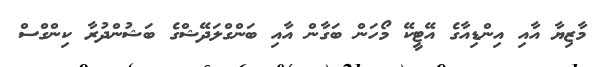
މާޒިޔާ އާއި އިންޑިއާގެ އޭޓީކޭ މޯހަން ބަގާން އާއި ބަންގްލަދޭޝްގެ ބަޝުންދުރާ ކިންގްސް